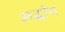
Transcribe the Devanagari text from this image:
अर्द्धांग